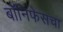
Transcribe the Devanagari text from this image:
बॉनिफेसचा